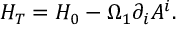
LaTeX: { \cal H } _ { T } = { \cal H } _ { 0 } - \Omega _ { 1 } \partial _ { i } A ^ { i } .